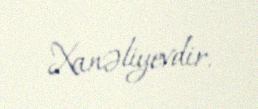
Xanəliyevdir.